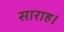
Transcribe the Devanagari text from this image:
साराह।